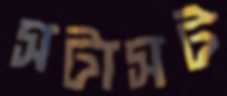
সটাসট